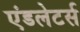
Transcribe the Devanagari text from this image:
एंडलेटर्स